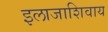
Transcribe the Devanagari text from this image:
इलाजाशिवाय